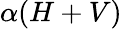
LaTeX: \alpha(H+V)